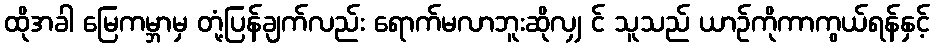
ထိုအခါ မြေကမ္ဘာမှ တုံ့ပြန်ချက်လည်း ရောက်မလာဘူးဆိုလျှ င် သူသည် ယာဉ်ကိုကာကွယ်ရန်နှင့်